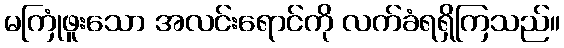
မကြုံဖူးသော အလင်းရောင်ကို လက်ခံရရှိကြသည်။